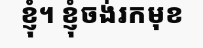
ខ្ញុំ។ ខ្ញុំចង់រកមុខ